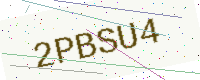
Text: 2PBSU4